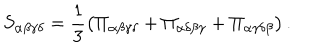
LaTeX: S _ { \alpha \beta \gamma \delta } = \frac { 1 } { 3 } \left( \Pi _ { \alpha \beta \gamma \delta } + \Pi _ { \alpha \delta \beta \gamma } + \Pi _ { \alpha \gamma \delta \beta } \right) .